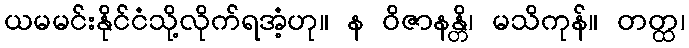
ယမမင်းနိုင်ငံသို့လိုက်ရအံ့ဟု။ န ဝိဇာနန္တိ၊ မသိကုန်။ တတ္ထ၊